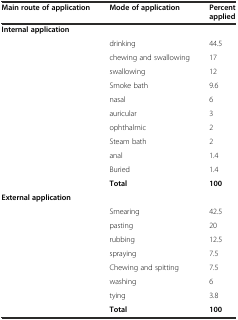
| Main route of application | Mode of application | Percent applied |
 | --- | --- | --- |
 | Internal application |  |  |
 |  | drinking | 44.5 |
 |  | chewing and swallowing | 17 |
 |  | swallowing | 12 |
 |  | Smoke bath | 9.6 |
 |  | nasal | 6 |
 |  | auricular | 3 |
 |  | ophthalmic | 2 |
 |  | Steam bath | 2 |
 |  | anal | 1.4 |
 |  | Buried | 1.4 |
 |  | Total | 100 |
 | External application |  |  |
 |  | Smearing | 42.5 |
 |  | pasting | 20 |
 |  | rubbing | 12.5 |
 |  | spraying | 7.5 |
 |  | Chewing and spitting | 7.5 |
 |  | washing | 6 |
 |  | tying | 3.8 |
 |  | Total | 100 |